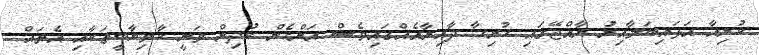
ކުރިއާ އަޅައިބަލާއިރު ރާއްޖޭގައި ހުރިހާ ދާއިރާއެއްގައިވެސް އަންހެން ކުދިން ވަނީ ކާމިޔާބީތަކާއި އެތައް